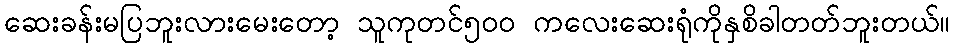
ဆေးခန်းမပြဘူးလားမေးတော့ သူကုတင်၅၀၀ ကလေးဆေးရုံကိုနှစိခါတတ်ဘူးတယ်။